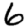
Digit: 6